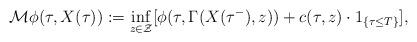
LaTeX: \begin{align*}\mathcal{M} \phi(\tau,X(\tau)):=\inf_{z\in \mathcal{Z}}[\phi(\tau,\Gamma (X(\tau^-),z))+c(\tau, z)\cdot 1_{\{\tau\leq T \}} ], \end{align*}